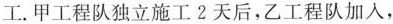
工. 甲工程队独立施工2天后，乙工程队加入，